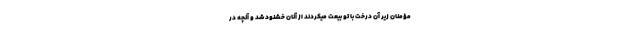
مؤمنان زير آن درخت با تو بيعت میکردند از آنان خشنود شد و آنچه در